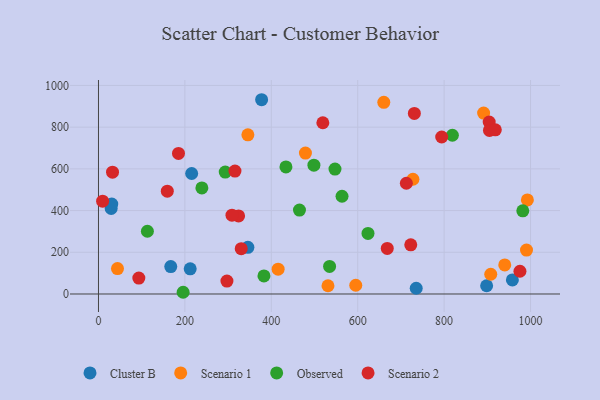
{"axis": {"x": "Engine Size", "y": "Salary"}, "legend": ["Cluster B", "Observed", "Scenario 1", "Scenario 2"], "data": [{"x": "167.3", "y": 131.4, "type": "Cluster B"}, {"x": "29.4", "y": 410.1, "type": "Cluster B"}, {"x": "212.3", "y": 120.8, "type": "Cluster B"}, {"x": "345.8", "y": 223.7, "type": "Cluster B"}, {"x": "215.7", "y": 577.7, "type": "Cluster B"}, {"x": "735.4", "y": 27.6, "type": "Cluster B"}, {"x": "377.6", "y": 931.5, "type": "Cluster B"}, {"x": "958.0", "y": 67.4, "type": "Cluster B"}, {"x": "30.7", "y": 431.0, "type": "Cluster B"}, {"x": "898.4", "y": 39.4, "type": "Cluster B"}, {"x": "44.0", "y": 121.9, "type": "Scenario 1"}, {"x": "992.7", "y": 451.2, "type": "Scenario 1"}, {"x": "595.5", "y": 41.8, "type": "Scenario 1"}, {"x": "907.9", "y": 94.6, "type": "Scenario 1"}, {"x": "531.2", "y": 39.4, "type": "Scenario 1"}, {"x": "727.8", "y": 550.1, "type": "Scenario 1"}, {"x": "415.8", "y": 118.9, "type": "Scenario 1"}, {"x": "940.3", "y": 139.5, "type": "Scenario 1"}, {"x": "660.4", "y": 919.2, "type": "Scenario 1"}, {"x": "345.8", "y": 763.0, "type": "Scenario 1"}, {"x": "891.4", "y": 867.4, "type": "Scenario 1"}, {"x": "990.7", "y": 210.7, "type": "Scenario 1"}, {"x": "479.0", "y": 675.6, "type": "Scenario 1"}, {"x": "534.9", "y": 132.1, "type": "Observed"}, {"x": "547.4", "y": 598.8, "type": "Observed"}, {"x": "982.1", "y": 398.7, "type": "Observed"}, {"x": "465.2", "y": 402.5, "type": "Observed"}, {"x": "433.9", "y": 609.2, "type": "Observed"}, {"x": "563.7", "y": 468.6, "type": "Observed"}, {"x": "195.9", "y": 8.2, "type": "Observed"}, {"x": "113.2", "y": 300.8, "type": "Observed"}, {"x": "239.3", "y": 508.6, "type": "Observed"}, {"x": "498.6", "y": 617.6, "type": "Observed"}, {"x": "623.8", "y": 290.4, "type": "Observed"}, {"x": "383.0", "y": 86.6, "type": "Observed"}, {"x": "293.4", "y": 584.5, "type": "Observed"}, {"x": "819.1", "y": 761.2, "type": "Observed"}, {"x": "731.1", "y": 865.6, "type": "Scenario 2"}, {"x": "722.8", "y": 235.7, "type": "Scenario 2"}, {"x": "904.3", "y": 824.3, "type": "Scenario 2"}, {"x": "330.4", "y": 217.1, "type": "Scenario 2"}, {"x": "185.2", "y": 674.2, "type": "Scenario 2"}, {"x": "315.9", "y": 589.2, "type": "Scenario 2"}, {"x": "519.3", "y": 821.1, "type": "Scenario 2"}, {"x": "905.0", "y": 784.3, "type": "Scenario 2"}, {"x": "9.6", "y": 444.9, "type": "Scenario 2"}, {"x": "159.3", "y": 492.9, "type": "Scenario 2"}, {"x": "324.3", "y": 374.3, "type": "Scenario 2"}, {"x": "309.0", "y": 378.0, "type": "Scenario 2"}, {"x": "93.4", "y": 76.2, "type": "Scenario 2"}, {"x": "32.5", "y": 584.0, "type": "Scenario 2"}, {"x": "668.4", "y": 218.7, "type": "Scenario 2"}, {"x": "297.3", "y": 61.7, "type": "Scenario 2"}, {"x": "794.4", "y": 752.8, "type": "Scenario 2"}, {"x": "712.6", "y": 531.0, "type": "Scenario 2"}, {"x": "918.5", "y": 787.3, "type": "Scenario 2"}, {"x": "975.5", "y": 109.0, "type": "Scenario 2"}]}